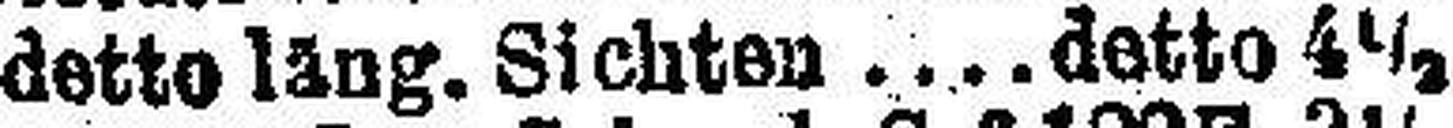
detto läng. Sichten detto 4½